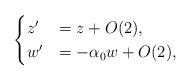
LaTeX: \begin{align*}\begin{cases}z'&=z+O(2),\\w'&=-\alpha_0 w+O(2),\end{cases}\end{align*}